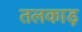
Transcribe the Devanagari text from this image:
तलकाड़